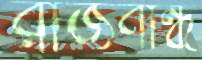
রাজবান্ধ